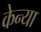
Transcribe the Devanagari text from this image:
केन्‍या